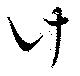
計